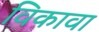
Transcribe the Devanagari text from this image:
विकावा